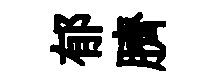
郁臍